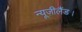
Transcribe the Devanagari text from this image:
न्यूज़ीलैंड।